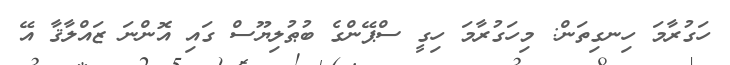
ހަގުރާމަ ހިނގިތަން: މިހަގުރާމަ ހިގީ ސްޕޭންގެ ބުޠުލިޔޫސް ގައި އޮންނަ ޒައްލާޤާ އޭ